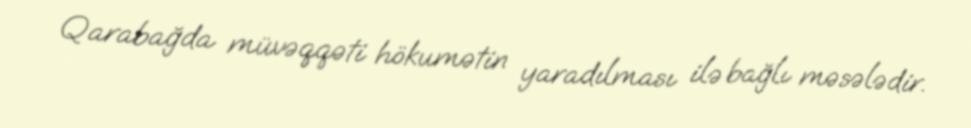
Qarabağda müvəqqəti hökumətin yaradılması ilə bağlı məsələdir.